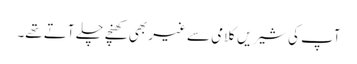
آپ کی شیریں کلامی سے غیر بھی کھنچے چلے آتے تھے۔